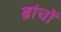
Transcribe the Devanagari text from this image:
ब्रांचों